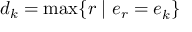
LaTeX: d _ { k } = \operatorname* { m a x } \{ r \mid e _ { r } = e _ { k } ^ { \, } \}